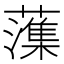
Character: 𫊋